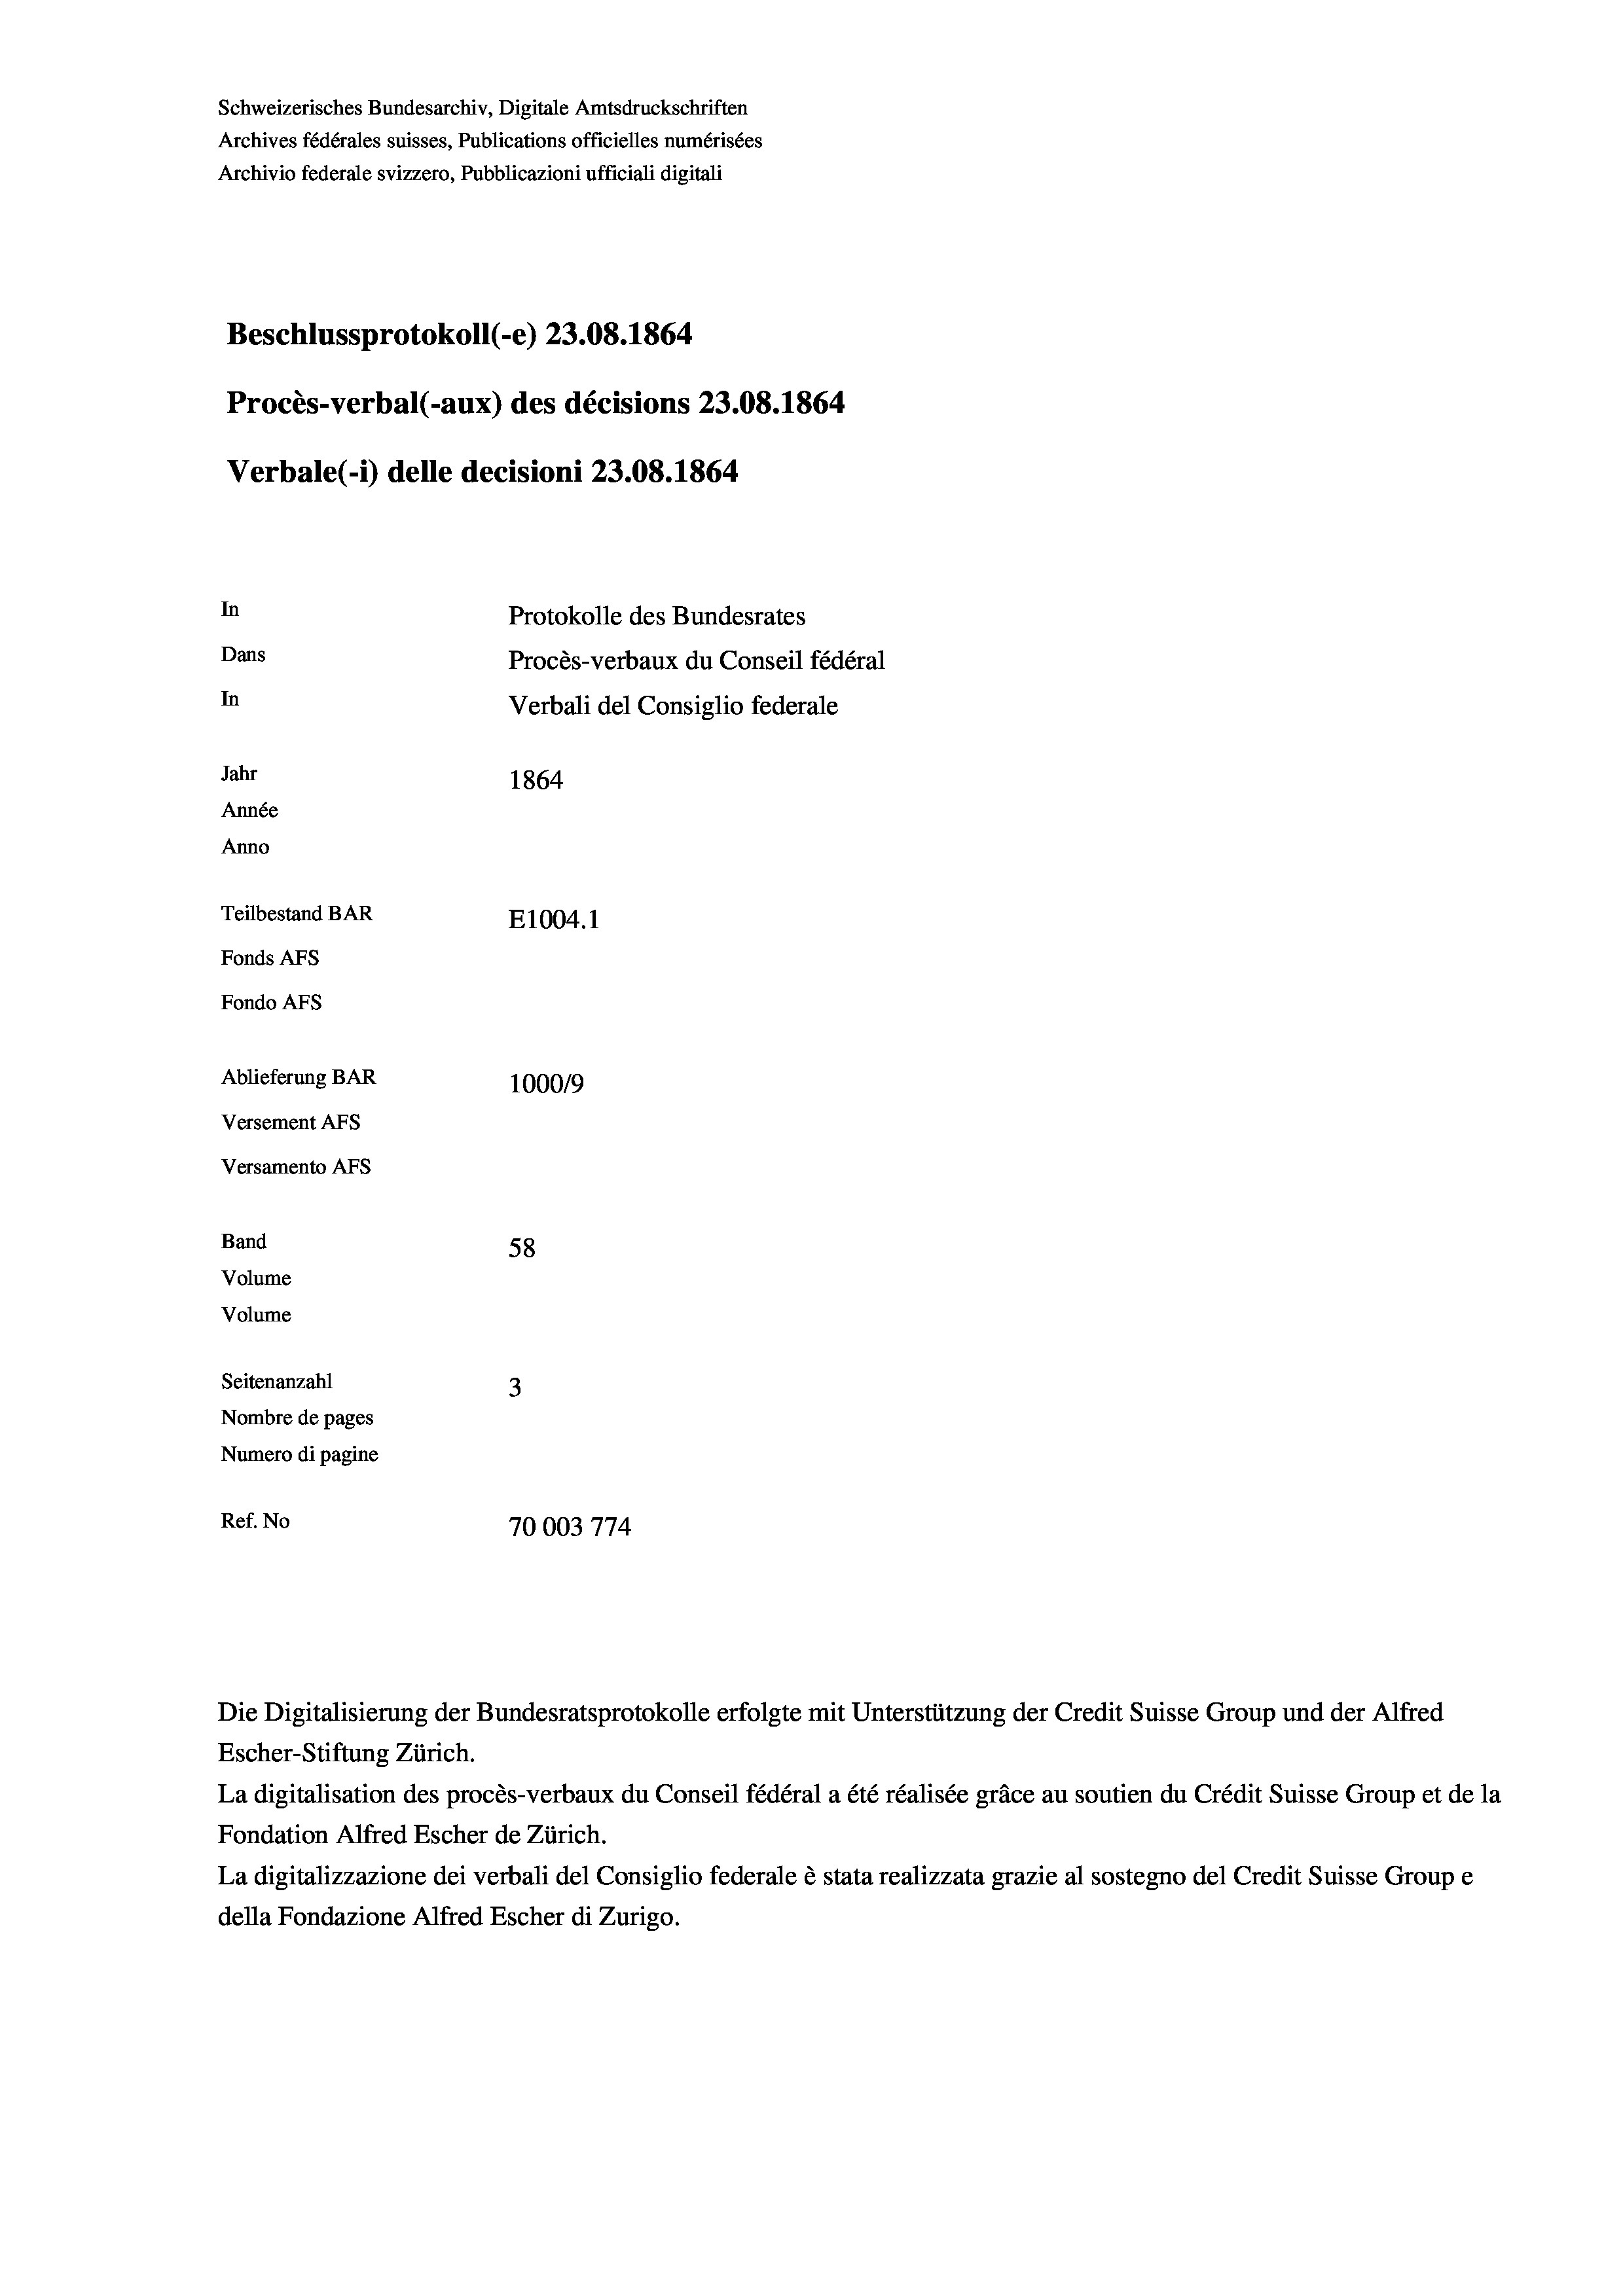
Schweizerisches Bundesarchiv, Digitale Amtsdruckschriften
Archives fédérales suisses, Publications officielles numérisées
Archivio federale svizzero, Pubblicazioni ufficiali digitali
Beschlussprotokoll (-e) 23.08. 1864
Procès-verbal (-aux) des décisions 23.08. 1864
Verbale (i) delle decisioni 23.08. 1864
In
Protokolle des Bundesrates
Dans
Procès-verbaux du Conseil fédéral
In
Verbali del Consiglio federale
Jahr
1864
Année
Anno
Teilbestand BAR
E1004. 1
Fonds Afs
Fondo AFs
Ablieferung BAR
100019
Versement AFs
Versamento Afs

58
3
Nombre de pages
Numero di pagine
Ref. No
70003774

Band
Volume
Volume
Seitenanzahl

Escher-Stiftung Zürich.
La digitalisation des procès-verbaux du Conseil fédéral a été réalisée gräce au soutien du Crédit Suisse Group et de la
Fondation Alfred Escher de Zürich.
La digitalizzazione dei verbali del Consiglio federale è stata realizzata grazie al sostegno del Credit Suisse Groupe
della Fondazione Alfred Escher di Zurigo.

Die Digitalisierung der Bundesratsprotokolle erfolgte mit Unterstützung der Credit Suisse Group und der Alfred